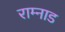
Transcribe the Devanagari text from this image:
राम्नाड